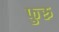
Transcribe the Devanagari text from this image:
फुरु